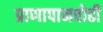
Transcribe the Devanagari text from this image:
प्राणापानवोढी